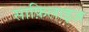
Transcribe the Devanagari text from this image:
साफ़िलाइज